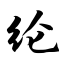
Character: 纶